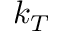
k _ { T }